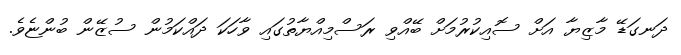
ދަނގަޑޭ މާޒިޔާ އަށް ސޮއިކުރުމަށް ބޭއްވި ރަސްމިއްޔާތުގައި ވާހަކަ ދައްކަމުން ސުޒޭން ބުންޏެވެ.